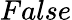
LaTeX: False